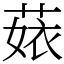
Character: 𦴣